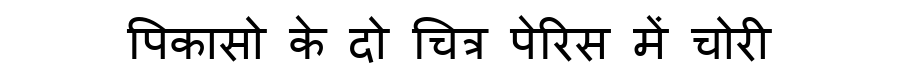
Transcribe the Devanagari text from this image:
पिकासो के दो चित्र पेरिस में चोरी